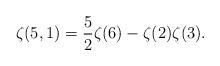
LaTeX: \begin{align*} \zeta(5,1) = \frac{5}{2} \zeta(6) - \zeta(2)\zeta(3).\end{align*}